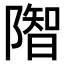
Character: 𨼓